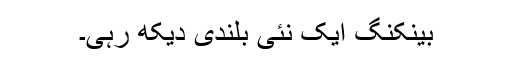
بینکنگ ایک نئی بلندی دیکھ رہی۔